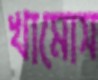
খামোস